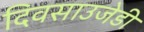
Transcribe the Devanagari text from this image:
दिवसाउजेडी